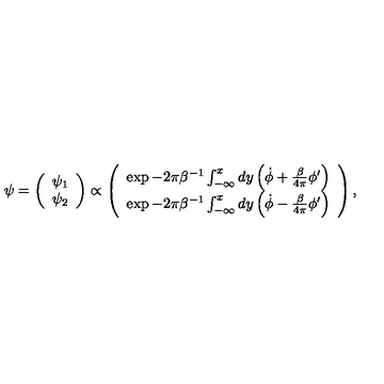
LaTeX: \psi = \left( \begin{array} { c } { \psi _ { 1 } } \\ { \psi _ { 2 } } \\ \end{array} \right) \propto \left( \begin{array} { c } { \exp - 2 \pi \beta ^ { - 1 } \int _ { - \infty } ^ { x } d y \left( \dot { \phi } + \frac { \beta } { 4 \pi } \phi ^ { \prime } \right) } \\ { \exp - 2 \pi \beta ^ { - 1 } \int _ { - \infty } ^ { x } d y \left( \dot { \phi } - \frac { \beta } { 4 \pi } \phi ^ { \prime } \right) } \\ \end{array} \right) ,